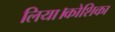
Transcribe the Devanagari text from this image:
लिया।कोशिका